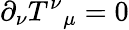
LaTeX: \partial_{\nu}T^{\nu}{}_{\mu}=0